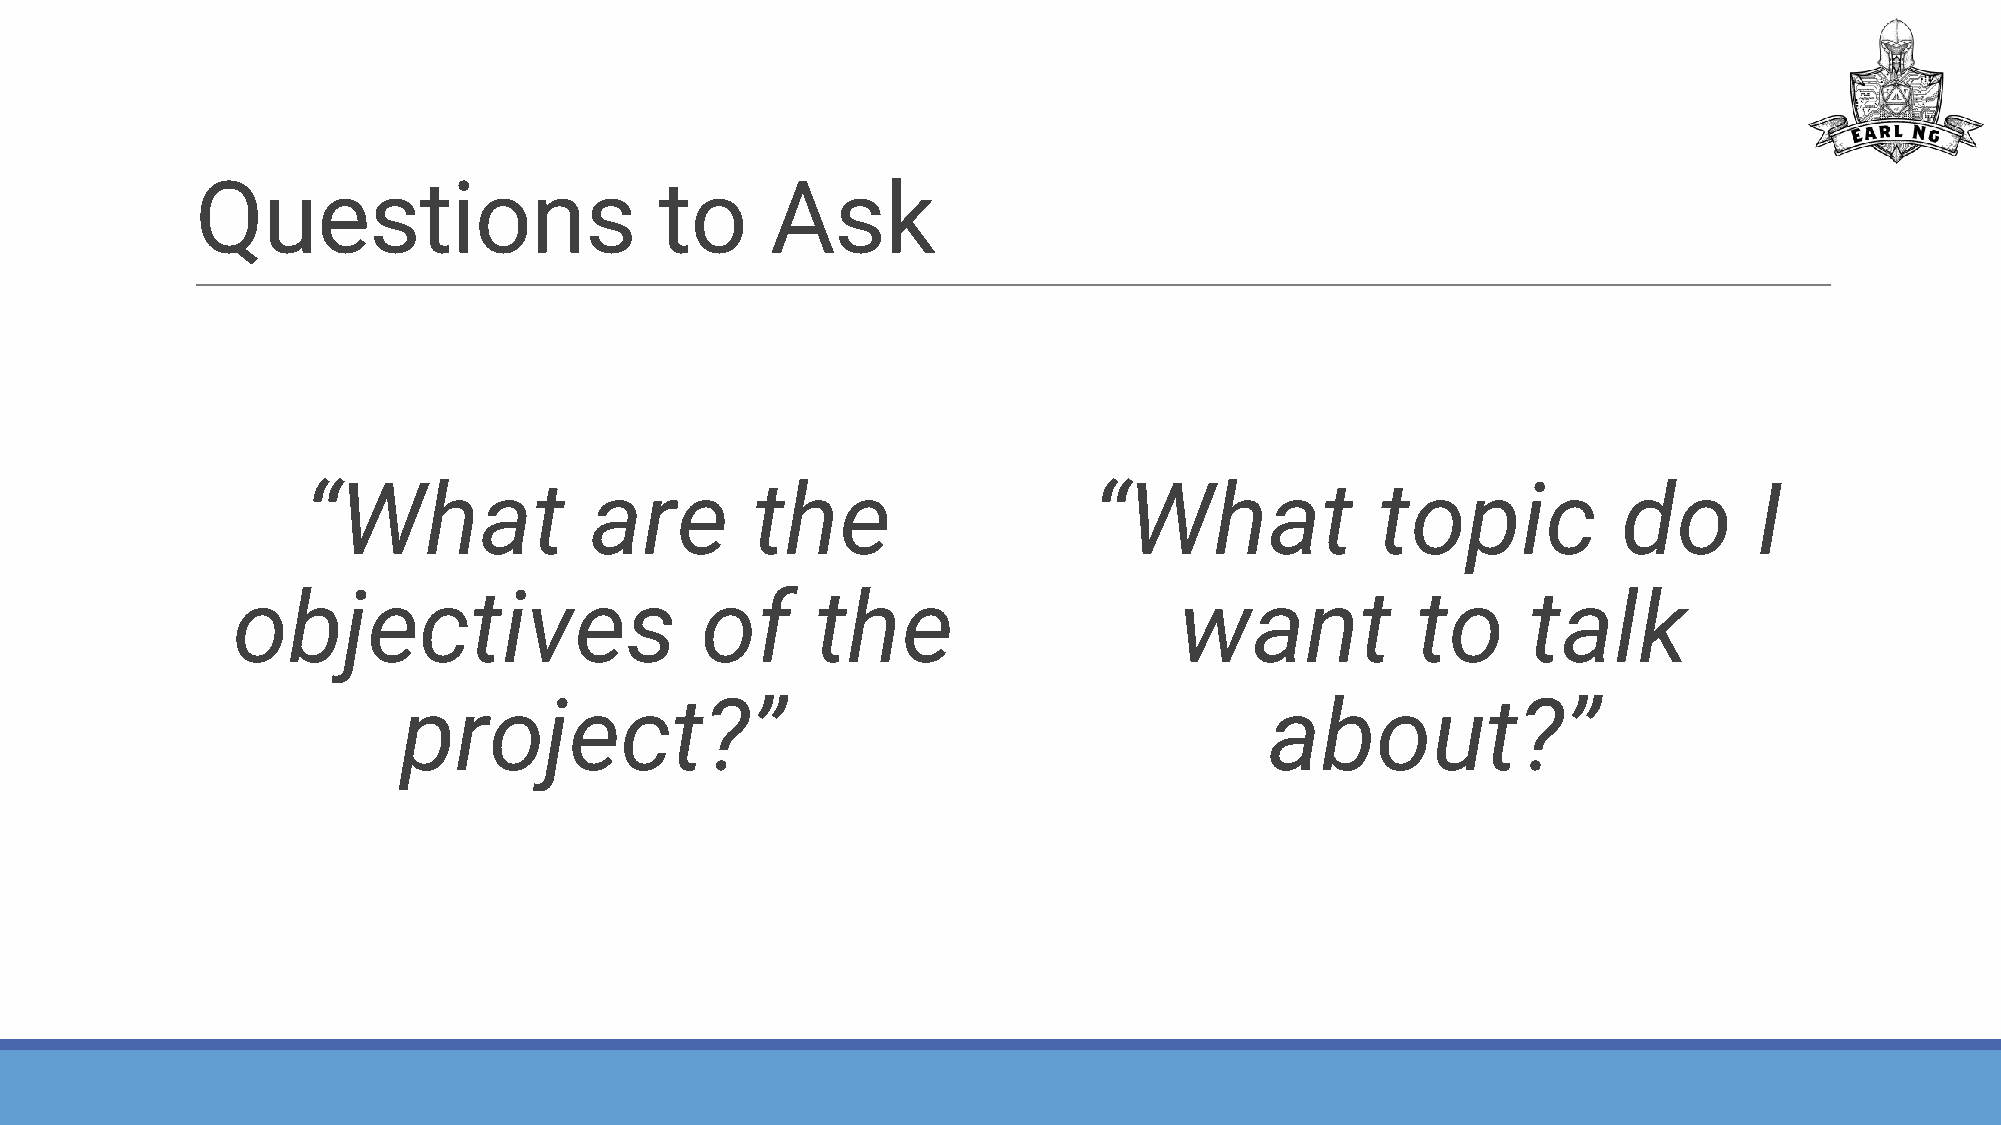
Questions                      to     Ask
 “What              are        the                   “What              topic           do       I
 objectives                     of      the                     want            to     talk
 project?”                                                about?”